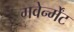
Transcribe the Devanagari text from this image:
गवेर्न्मेंट